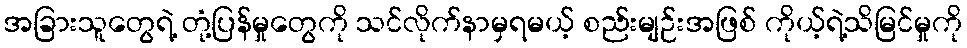
အခြားသူတွေရဲ့ တုံ့ပြန်မှုတွေကို သင်လိုက်နာမှရမယ့် စည်းမျဉ်းအဖြစ် ကိုယ့်ရဲ့သိမြင်မှုကို